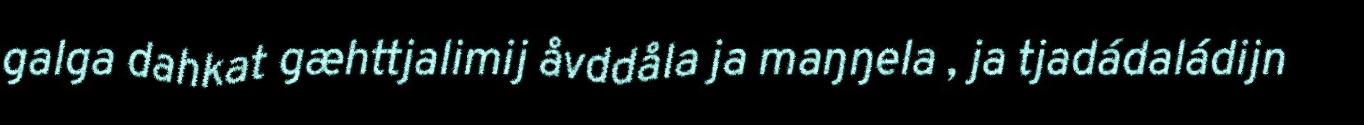
galga dahkat gæhttjalimij åvddåla ja maŋŋela , ja tjadádaládijn